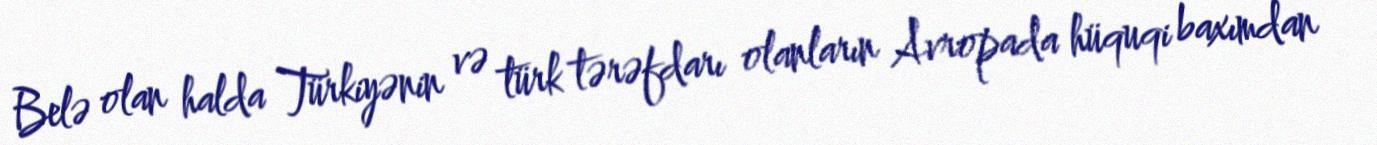
Belə olan halda Türkiyənin və türk tərəfdarı olanların Avropada hüquqi baxımdan